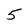
Character: 5